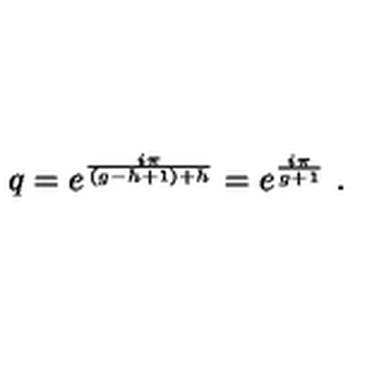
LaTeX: q = e ^ { \frac { i \pi } { ( g - h + 1 ) + h } } = e ^ { \frac { i \pi } { g + 1 } } \ .